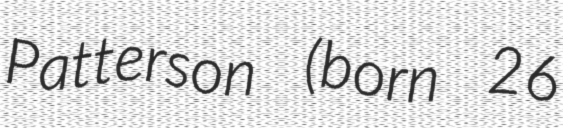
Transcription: Patterson (born 26